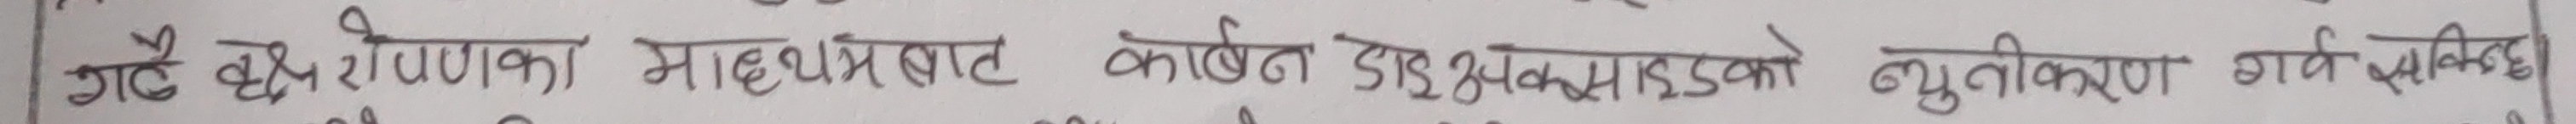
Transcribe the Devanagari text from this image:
गर्दै वृक्षरोपणका माध्यमबाट कार्बन डाइअक्साइडको न्युनीकरण गर्न सकिन्छ।